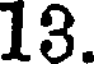
13.